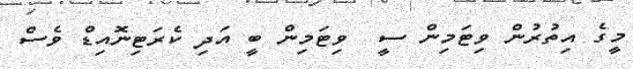
މީގެ އިތުރުން ވިޓަމިން ސީ  ވިޓަމިން ބީ އަދި ކެރަޓިނޮއިޑް ވެސް